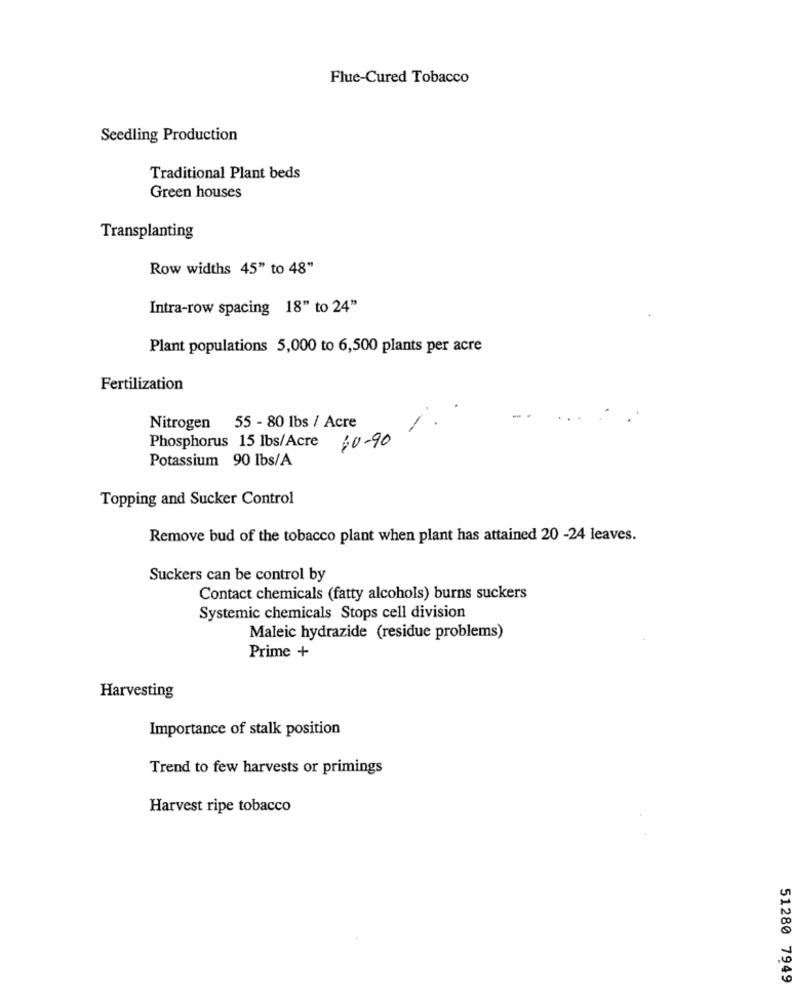
Flue-Cured Tobacco
Seedling Production
Traditional Plant beds
Green houses
Transplanting
Row widths 45" to 48"
Intra-row spacing 18" to 24"
Plant populations 5,000 to 6,500 plants per acre
Fertilization
Nitrogen 55 - 80 lbs / Acre
-
Phosphorus 15 lbs/Acre 10-90
Potassium 90 lbs/A
Topping and Sucker Control
Remove bud of the tobacco plant when plant has attained 20 -24 leaves.
Suckers can be control by
Contact chemicals (fatty alcohols) burns suckers
Systemic chemicals Stops cell division
Maleic hydrazide (residue problems)
Prime +
Harvesting
Importance of stalk position
Trend to few harvests or primings
Harvest ripe tobacco
51280 7949